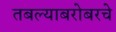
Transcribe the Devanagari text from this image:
तबल्याबरोबरचे